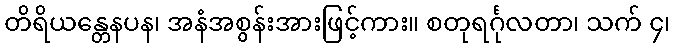
တိရိယန္တေနပန၊ အနံအစွန်းအားဖြင့်ကား။ စတုရင်္ဂုလတာ၊ သက် ၄၊